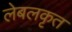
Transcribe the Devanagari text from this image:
लेबलकृत